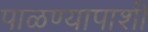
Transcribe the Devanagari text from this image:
पाळण्यापाशी